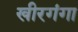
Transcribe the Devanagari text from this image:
खीरगंगा